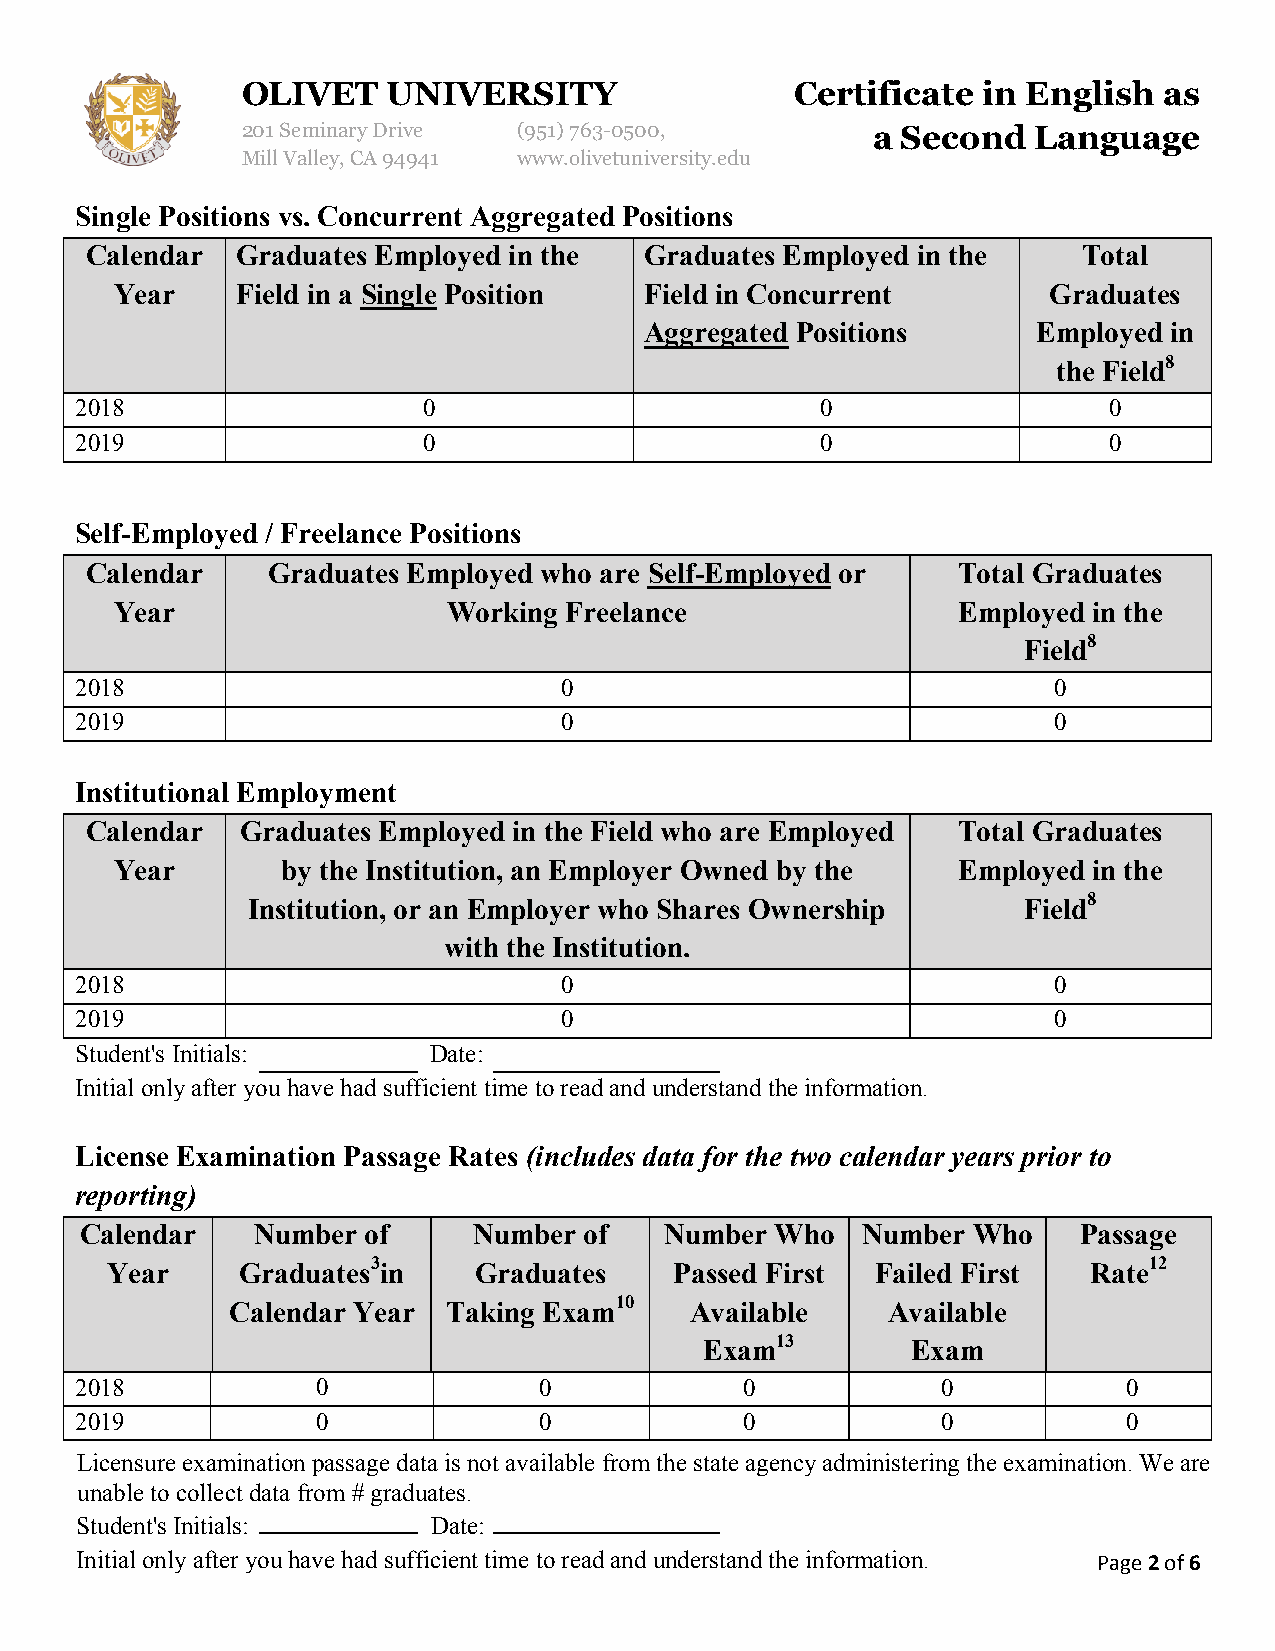
OLIVET    UNIVERSITY                 Certificate in English  as
 201 Seminary Drive (951)763-0500,         a Second  Language
 Mill Valley, CA 94941 www.olivetuniversity.edu
 Single Positions vs. Concurrent Aggregated Positions
 Calendar  Graduates Employed in the  Graduates Employed in the    Total
 Year    Field in a Single Position Field in Concurrent       Graduates
 Aggregated Positions      Employed in
 the Field8
 2018                   0                         0                  0
 2019                   0                         0                  0
 Self-Employed / Freelance Positions
 Calendar    Graduates Employed who are Self-Employed or  Total Graduates
 Year                  Working Freelance                Employed in the
 Field8
 2018                            0                                0
 2019                            0                                0
 Institutional Employment
 Calendar  Graduates Employed in the Field who are Employed Total Graduates
 Year       by the Institution, an Employer Owned by the Employed in the
 Institution, or an Employer who Shares Ownership    Field8
 with the Institution.
 2018                            0                                0
 2019                            0                                0
 Student's Initials:    Date:
 Initial only after you have had sufficient time to read and understand the information.
 License Examination Passage Rates (includes data for the two calendar years prior to
 reporting)
 Calendar    Number of     Number  of   Number Who   Number Who     Passage
 Year     Graduates3in   Graduates     Passed First Failed First  Rate12
 Calendar Year  Taking Exam10   Available    Available
 Exam13       Exam
 2018            0              0            0            0            0
 2019            0              0            0            0            0
 Licensure examination passage data is not available from the state agency administering the examination. We are
 unable to collect data from # graduates.
 Student's Initials:     Date:
 Initial only after you have had sufficient time to read and understand the information. Page 2 of 6